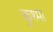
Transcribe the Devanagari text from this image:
कुश्‍मा